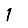
Digit: 1